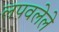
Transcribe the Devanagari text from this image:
लपवलेले